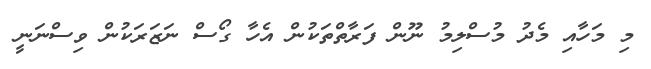
މި މަހާއި މެދު މުސްލިމު ނޫން ފަރާތްތަކުން އެހާ ގޯސް ނަޒަރަކުން ވިސްނަނީ